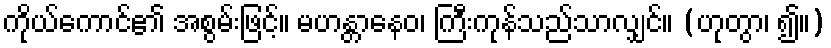
ကိုယ်ကောင်၏ အစွမ်းဖြင့်။ မဟန္တာနေဝ၊ ကြီးကုန်သည်သာလျှင်။ (ဟုတွာ၊ ၍။)